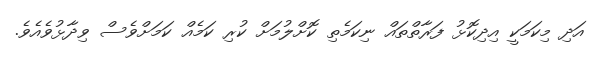
އަދި މިކަމަކީ އިދިކޮޅު ފަރާތްތައް ނިކަމެތި ކޮށްލުމަށް ކުރި ކަމެއް ކަމަށްވެސް ވިދާޅުވެއެވެ.